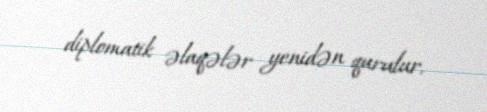
diplomatik əlaqələr yenidən qurulur.